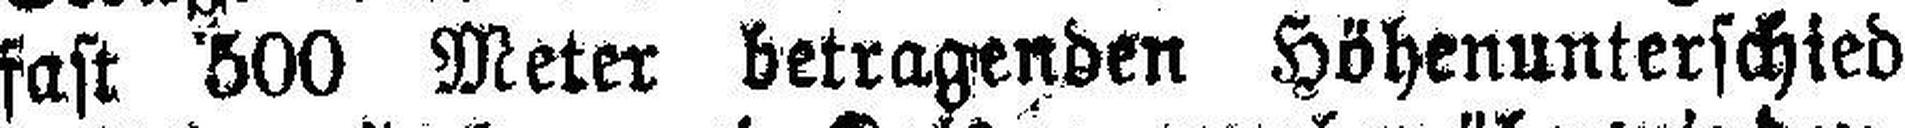
fast 500 Meter betragenden Höhenunterschied